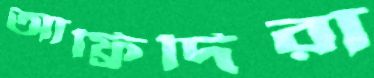
আফ্রিদিরা